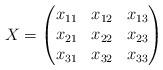
LaTeX: \begin{align*}X = \begin{pmatrix}x_{11} & x_{12} & x_{13}\\x_{21} & x_{22} & x_{23}\\x_{31} & x_{32} & x_{33}\end{pmatrix}\end{align*}